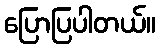
ပြောပြပါတယ်။